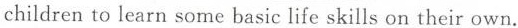
children to learn some basic life skills on their own.